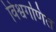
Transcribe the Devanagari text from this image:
विश्वगणित